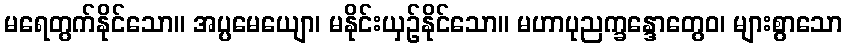
မရေတွက်နိုင်သော။ အပ္ပမေယျော၊ မနိုင်းယှဉ်နိုင်သော။ မဟာပုညက္ခန္ဒောတွေဝ၊ များစွာသော